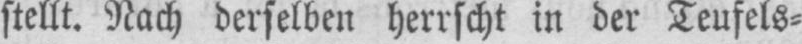
stellt. Nach derselben herrscht in der Teufels⸗